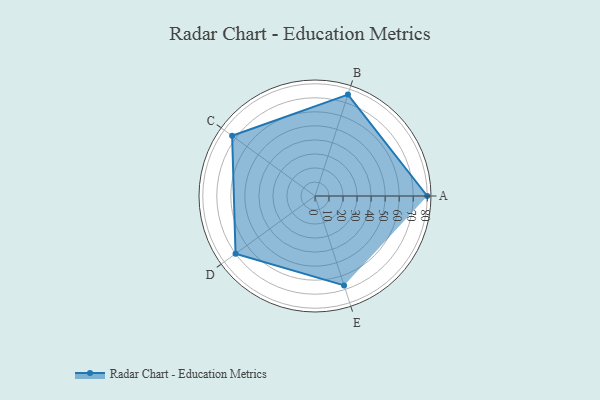
{"axis": {"x": "Skill", "y": "Score"}, "legend": ["Profile"], "data": [{"x": "A", "y": 80.0, "type": "Profile"}, {"x": "B", "y": 76.0, "type": "Profile"}, {"x": "C", "y": 73.0, "type": "Profile"}, {"x": "D", "y": 70.0, "type": "Profile"}, {"x": "E", "y": 67.0, "type": "Profile"}]}